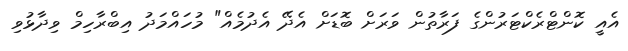
އެއީ ކޮންޓްރެކްޓަރުންގެ ފަރާތުން ވަރަށް ބޮޑަށް އެދޭ އެދުމެއް" މުހައްމަދު އިބްރާހިމް ވިދާޅުވި